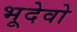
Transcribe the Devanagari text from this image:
भूदेवो